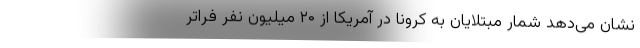
نشان می‌دهد شمار مبتلایان به کرونا در آمریکا از ۲۰ میلیون نفر فراتر